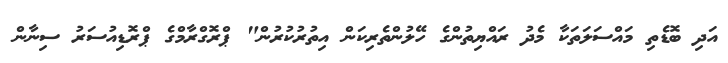
އަދި ބޮޑެތި މައްސަލަތަކާ މެދު ރައްޔިތުންގެ ހޭލުންތެރިކަން އިތުރުކުރުން" ޕްރޮގްރާމްގެ ޕްރޮޑިއުސަރު ސިނާން